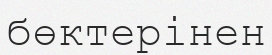
бөктерінен